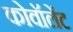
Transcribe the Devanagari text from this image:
कोवॉलेंट